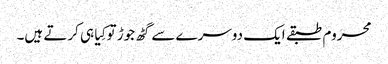
محروم طبقے ایک دوسرے سے گٹھ جوڑ تو کِیا ہی کرتے ہیں۔